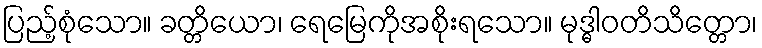
ပြည့်စုံသော။ ခတ္တိယော၊ ရေမြေကိုအစိုးရသော။ မုဒ္ဓါဝတိသိတ္တော၊